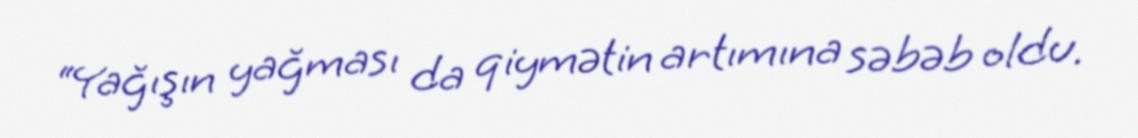
“Yağışın yağması da qiymətin artımına səbəb oldu.